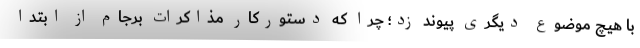
با هیچ موضوع دیگری پیوند زد؛ چرا که دستورکار مذاکرات برجام از ابتدا